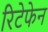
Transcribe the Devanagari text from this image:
रिटेफेन